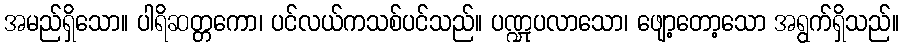
အမည်ရှိသော။ ပါရိဆတ္တကော၊ ပင်လယ်ကသစ်ပင်သည်။ ပဏ္ဍုပလာသော၊ ဖျော့တော့သော အရွက်ရှိသည်။